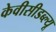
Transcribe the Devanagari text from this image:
केवीसीडब्ल्यू